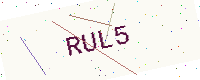
Text: RUL5